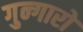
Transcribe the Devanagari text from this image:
गुन्गारो